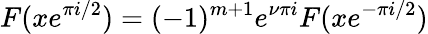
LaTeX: F(xe^{\pi i/2})=(-1)^{m+1}e^{\nu\pi i}F(xe^{-\pi i/2})